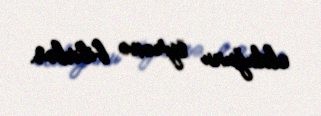
olduğunu öyrənə bilirlər.